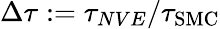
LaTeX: \Delta\tau:=\tau_{NVE}/\tau_{\mathrm{SMC}}